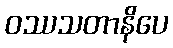
ဝဿသတာနိပေ